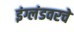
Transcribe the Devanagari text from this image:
इंग्लंडवरचे